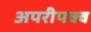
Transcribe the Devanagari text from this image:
अपरीपक्व